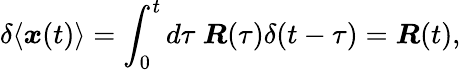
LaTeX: \delta\langle\boldsymbol{x}(t)\rangle=\int_{0}^{t}d\tau~\boldsymbol{R}(\tau)\delta(t-\tau)=\boldsymbol{R}(t),